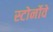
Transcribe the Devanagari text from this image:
स्टोर्नोवे